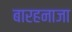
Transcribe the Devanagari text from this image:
बारहनाजा